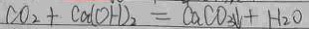
C O _ { 2 } + C a ( O H ) _ { 2 } = C a C O _ { 3 } \downarrow + H _ { 2 } O